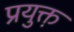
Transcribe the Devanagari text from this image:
प्रयुक्त़